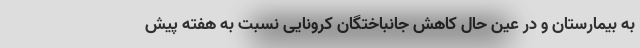
به بیمارستان و در عین حال کاهش جانباختگان کرونایی نسبت به هفته پیش